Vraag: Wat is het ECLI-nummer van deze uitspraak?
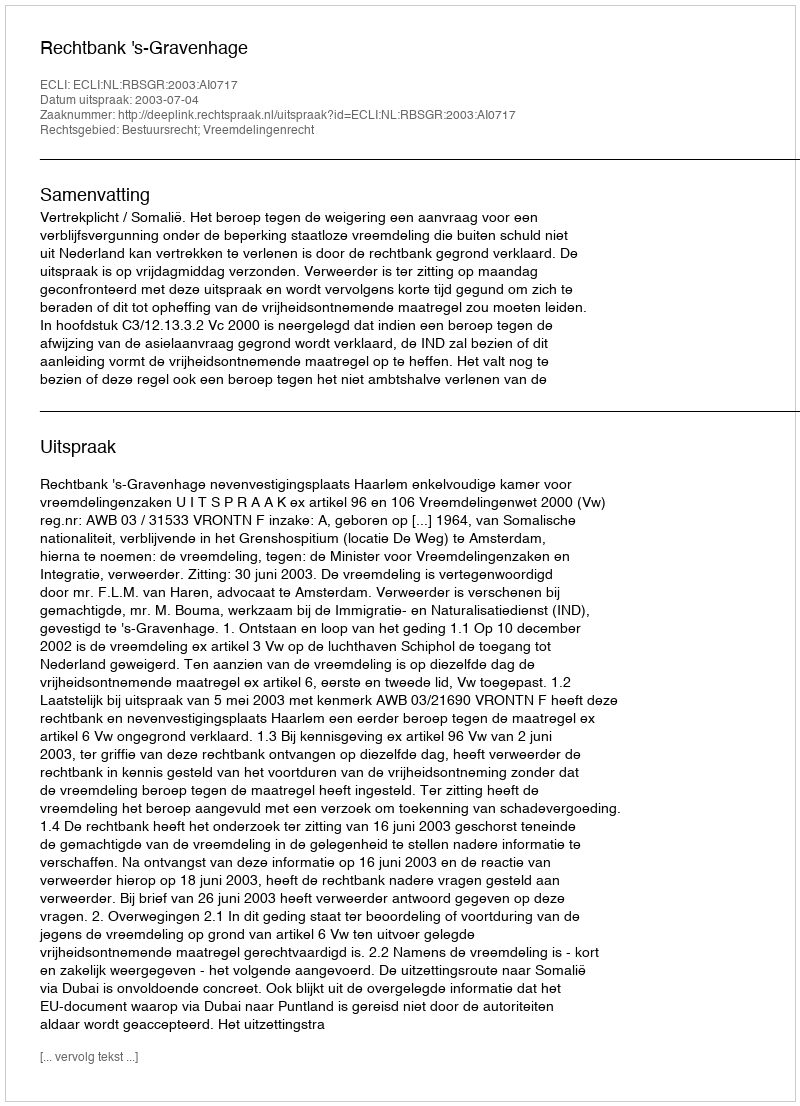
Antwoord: ECLI:NL:RBSGR:2003:AI0717